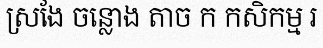
ស្រងែ ចន្លោង តាច ក កសិកម្ម រ